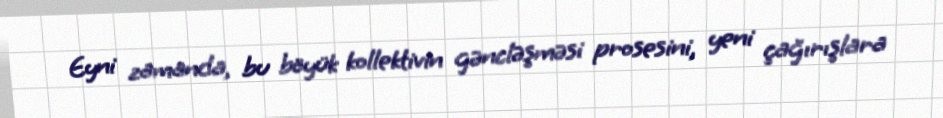
Eyni zamanda, bu böyük kollektivin gəncləşməsi prosesini, yeni çağırışlara